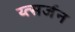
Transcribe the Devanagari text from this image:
य्त्सर्जन